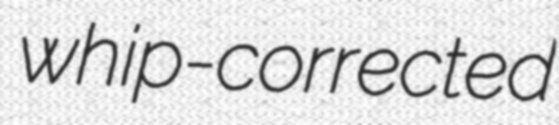
whip-corrected